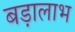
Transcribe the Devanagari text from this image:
बड़ालाभ